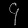
Digit: ၄